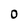
Character: 0